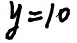
y = 1 0